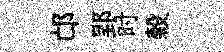
邙郢时榖